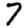
Digit: 7